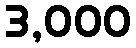
3,000